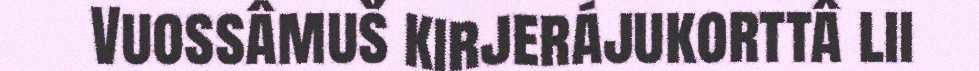
Vuossâmuš kirjerájukorttâ lii